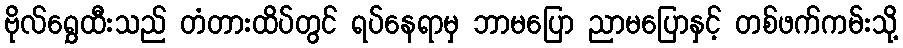
ဗိုလ်ရွှေထီးသည် တံတားထိပ်တွင် ရပ်နေရာမှ ဘာမပြော ညာမပြောနှင့် တစ်ဖက်ကမ်းသို့